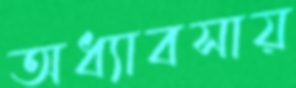
অধ্যাবসায়